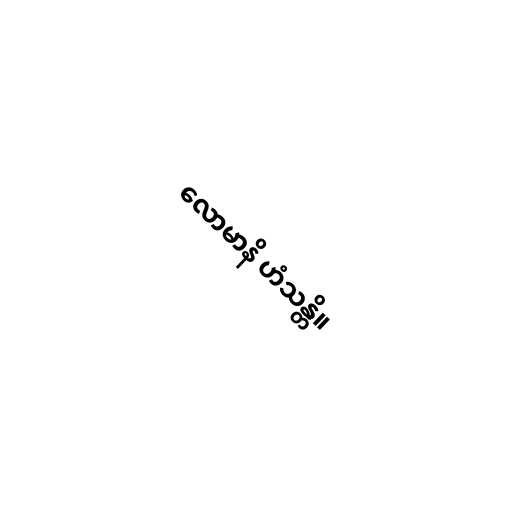
လောမာနိ ဟံသန္တိ။